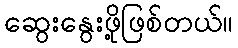
ဆွေးနွေးဖို့ဖြစ်တယ်။